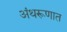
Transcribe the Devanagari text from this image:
अंथरूणात